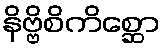
နိဗ္ဗိစိကိစ္ဆော